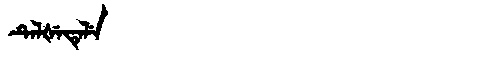
Manchu: ᡨᡝᠯᡧᡝᡨᡝᠯᡝ
Romanization: TELŠETELE